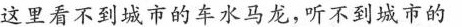
这里看不到城市的车水马龙，听不到城市的